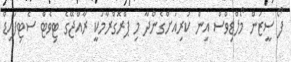
ފޯ ސީޒަން މޯލްޑިވްސް އިން ކުރިއަށްގެންދާ މި ޕްރޮގްރާމަކީ ރާއްޖޭގެ ޓިވެޓް ސެޓިފައިޑް